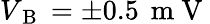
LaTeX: V_{\mathrm{~B~}}=\pm 0.5\, \mathrm{~m~V~}